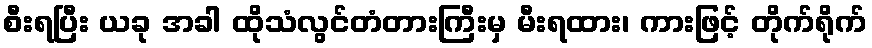
စီးရပြီး ယခု အခါ ထိုသံလွင်တံတားကြီးမှ မီးရထား၊ ကားဖြင့် တိုက်ရိုက်